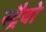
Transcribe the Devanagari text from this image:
स्ट्रैवो